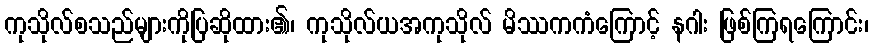
ကုသိုလ်စသည်များကိုပြဆိုထား၏၊ ကုသိုလ်ယအကုသိုလ် မိဿကကံကြောင့် နဂါး ဖြစ်ကြရကြောင်း၊